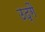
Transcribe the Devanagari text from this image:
उद्गै